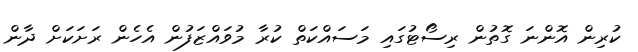
ކުރިން އޮންނަ ގޮތުން ރިސޯޓުގައި މަސައްކަތް ކުރާ މުވައްޒަފުން އެހެން ރަށަކަށް ދާން